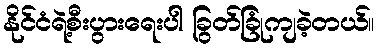
နိုင်ငံရဲ့စီးပွားရေးပါ ခြွတ်ခြုံကျခဲ့တယ်။